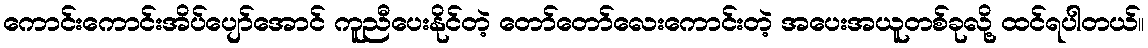
ကောင်းကောင်းအိပ်ပျော်အောင် ကူညီပေးနိုင်တဲ့ တော်တော်လေးကောင်းတဲ့ အပေးအယူတစ်ခုလို့ ထင်ရပါတယ်။